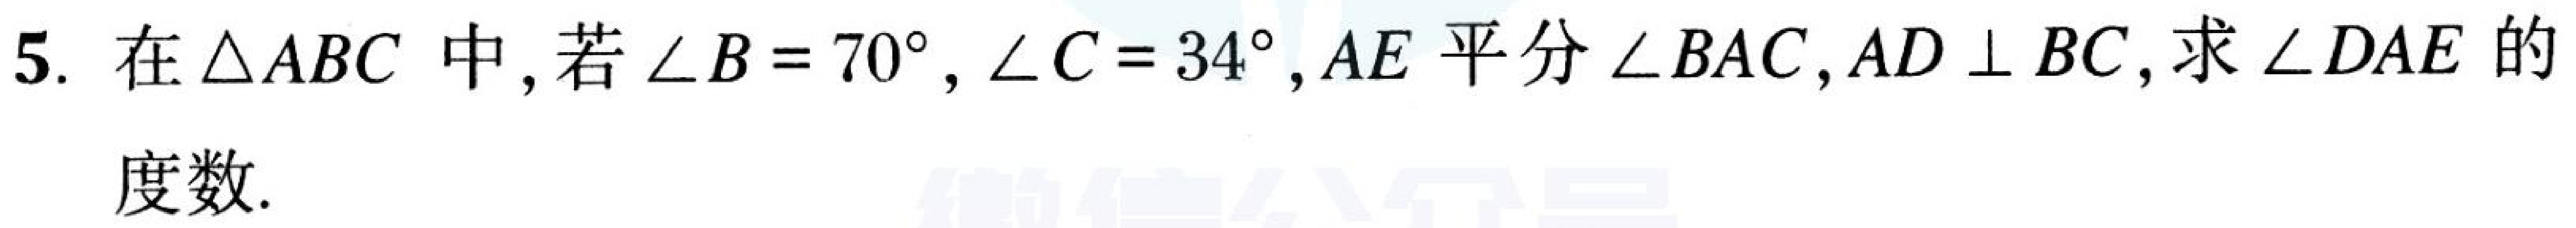
5. 在$\triangle ABC$中, 若$\angle B = 70^{\circ}, \angle C = 34^{\circ}, AE$平分$\angle BAC,AD\perp BC$, 求$\angle DAE$的度数.